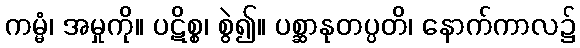
ကမ္မံ၊ အမှုကို။ ပဋိစ္စ၊ စွဲ၍။ ပစ္ဆာနုတပ္ပတိ၊ နောက်ကာလ၌